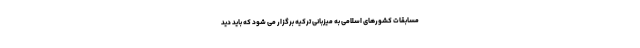
مسابقات کشورهای اسلامی به میزبانی ترکیه برگزار می شود که باید دید